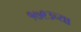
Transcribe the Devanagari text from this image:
१७९३च्या